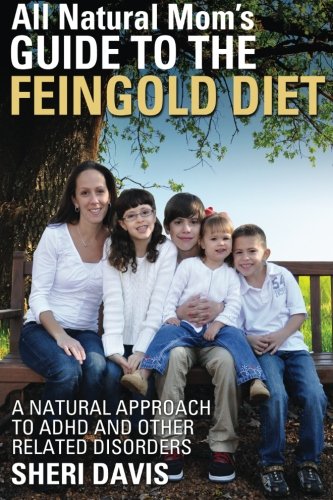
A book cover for All Natural Mom's Guide to the Feingold Diet: A Natural Approach to ADHD and Other Related Disorders; Sheri Davis; Health, Fitness & Dieting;